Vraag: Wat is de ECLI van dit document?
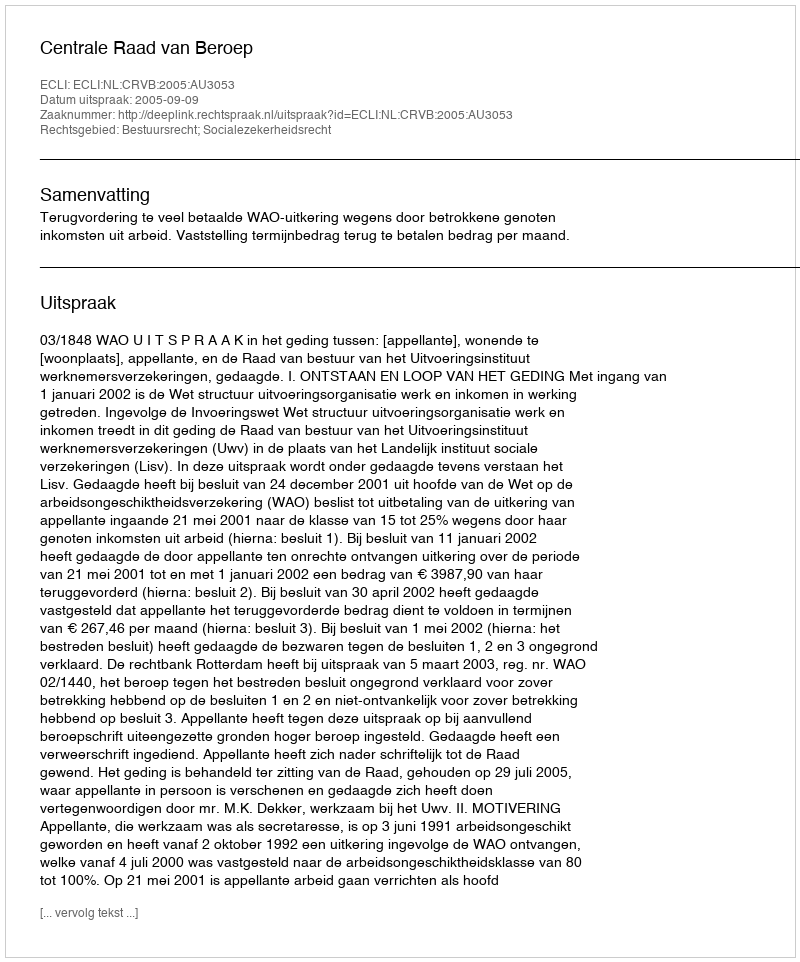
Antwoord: ECLI:NL:CRVB:2005:AU3053